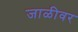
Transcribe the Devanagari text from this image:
जाळीवर